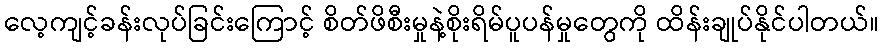
လေ့ကျင့်ခန်းလုပ်ခြင်းကြောင့် စိတ်ဖိစီးမှုနဲ့စိုးရိမ်ပူပန်မှုတွေကို ထိန်းချုပ်နိုင်ပါတယ်။